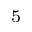
^ 5